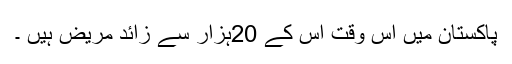
پاکستان میں اس وقت اس کے 20ہزار سے زائد مریض ہیں ۔